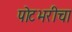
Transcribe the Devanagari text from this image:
पोटभरीचा